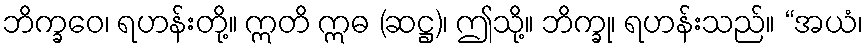
ဘိက္ခဝေ၊ ရဟန်းတို့။ ဣတိ ဣဓ (ဆဋ္ဌ)၊ ဤသို့။ ဘိက္ခု၊ ရဟန်းသည်။ “အယံ၊